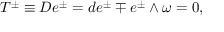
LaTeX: T ^ { \pm } \equiv { \cal D } e ^ { \pm } = d e ^ { \pm } \mp e ^ { \pm } \wedge \omega = 0 ,